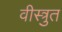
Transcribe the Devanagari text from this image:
वीस्त्रुत